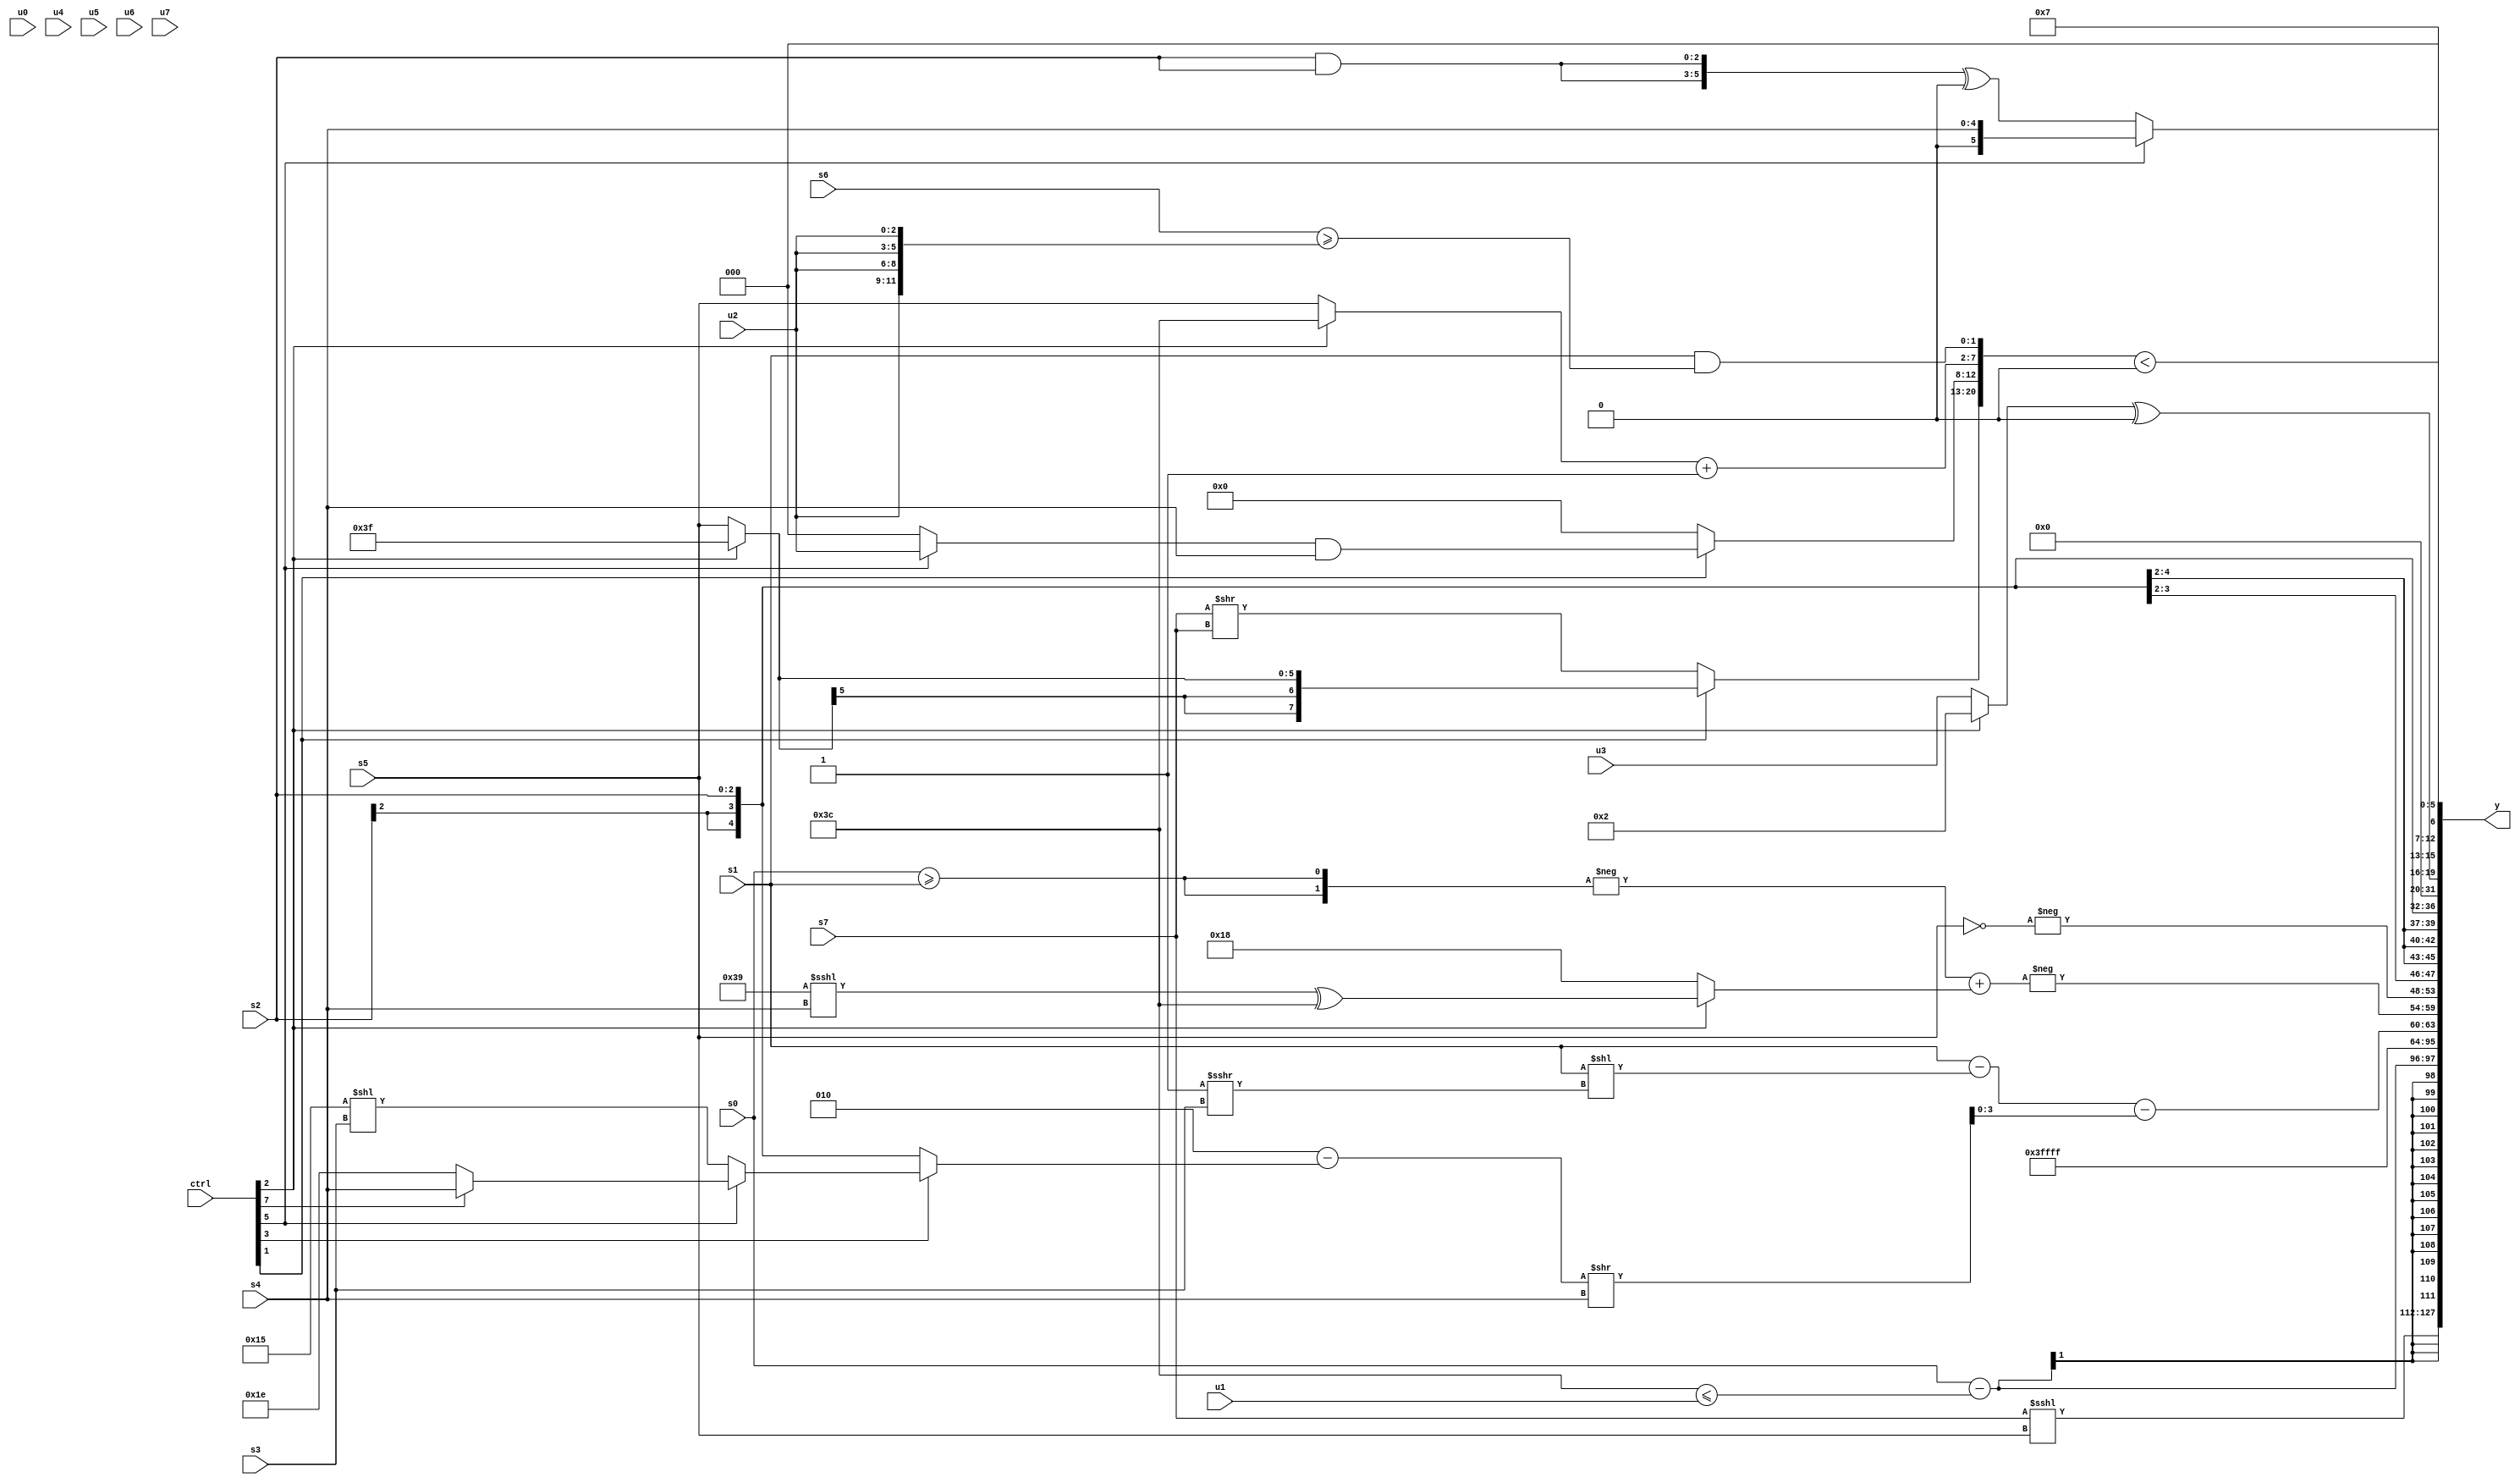
module wideexpr_00197(ctrl, u0, u1, u2, u3, u4, u5, u6, u7, s0, s1, s2, s3, s4, s5, s6, s7, y);
  input [7:0] ctrl;
  input [0:0] u0;
  input [1:0] u1;
  input [2:0] u2;
  input [3:0] u3;
  input [4:0] u4;
  input [5:0] u5;
  input [6:0] u6;
  input [7:0] u7;
  input signed [0:0] s0;
  input signed [1:0] s1;
  input signed [2:0] s2;
  input signed [3:0] s3;
  input signed [4:0] s4;
  input signed [5:0] s5;
  input signed [6:0] s6;
  input signed [7:0] s7;
  output [127:0] y;
  wire [15:0] y0;
  wire [15:0] y1;
  wire [15:0] y2;
  wire [15:0] y3;
  wire [15:0] y4;
  wire [15:0] y5;
  wire [15:0] y6;
  wire [15:0] y7;
  assign y = {y0,y1,y2,y3,y4,y5,y6,y7};
  assign y0 = (s7)<<<(s5);
  assign y1 = (s0)-((6'sb111100)<=(u1));
  assign y2 = 6'sb000011;
  assign y3 = 1'sb1;
  assign y4 = {((s1)-($signed(($signed(s1))<<((-(2'sb01))>>>($signed(s3))))))-(((4'sb0010)-((ctrl[3]?(ctrl[5]?(ctrl[7]?s4:4'sb1110):(5'sb10101)<<(s3)):s2)))>>($signed(s4))),-((-(+({2{(s0)>=(s1)}})))+((ctrl[2]?((6'sb111001)<<<($signed(s4)))^(-((3'b010)<<(3'sb001))):5'sb11000))),-($unsigned(~(s5)))};
  assign y5 = $signed(s2);
  assign y6 = $signed(((ctrl[2]?(ctrl[2]?4'b0010:{2{s5}}):u3))^(~^(6'b101001)));
  assign y7 = {({4{-((u7)<=(2'b10))}})<<($signed({(ctrl[6]?(6'sb100101)<<(s3):3'sb001),(ctrl[4]?s6:(1'sb0)<<(s6)),(ctrl[7]?s3:s6)})),(ctrl[5]?s4:+(({2{(s2)&(s2)}})^({4{(s3)<<<(6'b011110)}}))),({(ctrl[1]?+((ctrl[2]?1'sb1:s5)):(s7)>>({1{s7}})),(ctrl[1]?((ctrl[5]?u2:4'sb0000))&($unsigned(s4)):|((2'sb11)<<<(6'b001111))),((ctrl[2]?-(4'sb0100):s5))+(-((2'b00)^~(1'b0))),(s1)&(({s6})>=({4{u2}}))})<(4'sb0000),6'sb000111};
endmodule